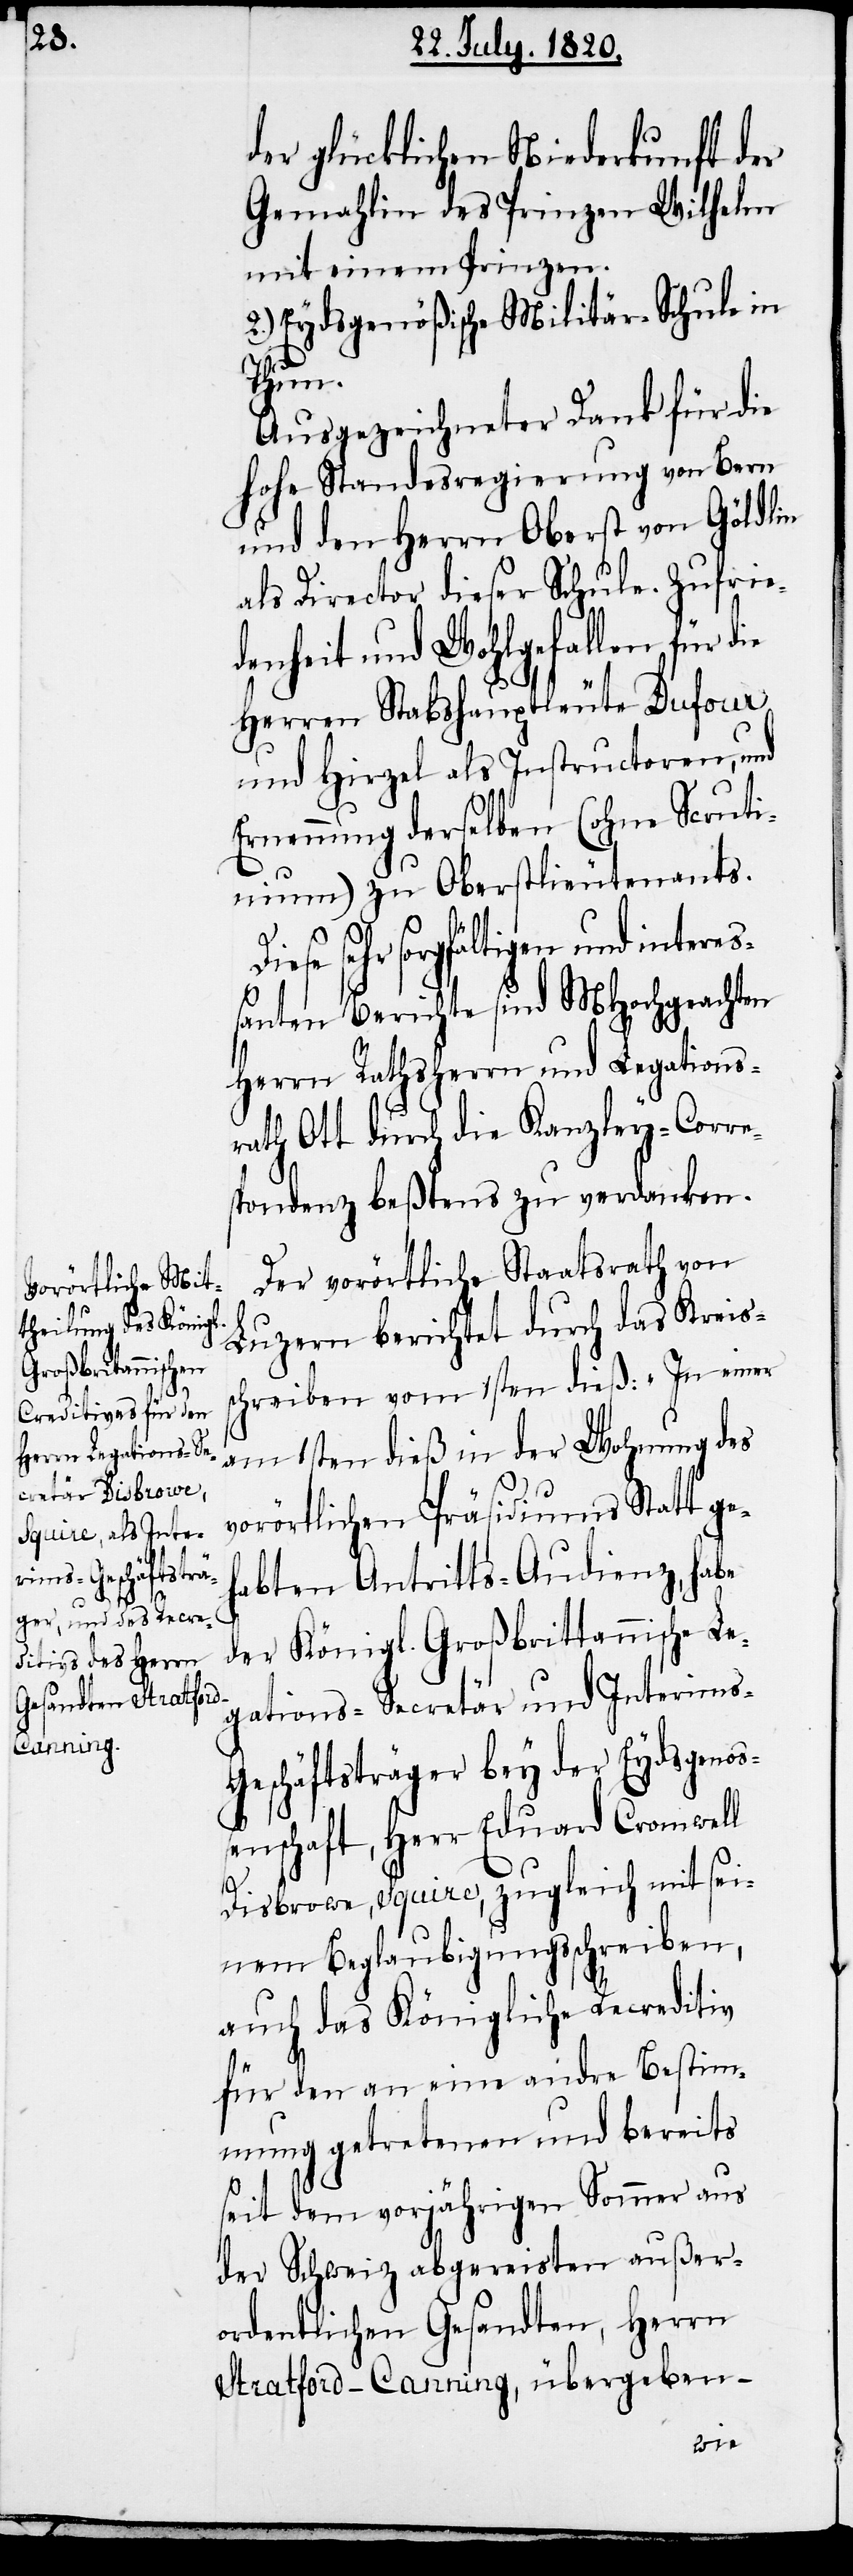
der glücklichen Niederkunft der
Gemahlin des Prinzen Wilhelm
mit einem Prinzen.
2.) Eydsgenößische Militär-Schule in
Thun.
Ausgezeichneter Dank für die
hohe Standesregierung von Bern
und den Herrn Oberst von Göldlin
als Director dieser Schule. Zufrie¬
denheit und Wohlgefallen für die
Herren Stabshauptleute Dufour
und Hirzel als Instructoren, und
Ernennung derselben (ohne Scruti¬
nium) zu Oberstlieutenants.
se sehr sorgfältigen und interes¬
santen Berichte sind MHochgeachten
Herrn Rathsherrn und Legations¬
rath Ott durch die Kanzley-Corre¬
spondenz beßtens zu verdanken.
Der vorörtliche Staatsrath von
Luzern berichtet durch das Kreiss¬
chreiben vom 1sten dieß: „In einer
am 1sten dieß in der Wohnung des
vorörtlichen Präsidiums Statt ge¬
habten Antritts-Audienz, habe
der Königl. Großbritannische Le¬
gations-Secretär und Interims-G¬
eschäftsträger bey der Eydsgenoß¬
enschaft, Herr Eduard Cromwell
Disbrowe, Squire, zugleich mit sei¬
nem Beglaubigungsschreiben,
auch das Königliche Recreditiv
für den an eine andre Bestim¬
mung getretenen und bereits
seit dem vorjährigen Sommer aus
der Schweiz abgereisten außer¬
ordentlichen Gesandten, Herrn
Stratford-Canning, übergeben –
Die¬